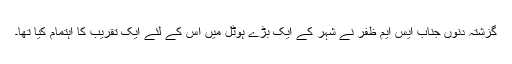
گزشتہ دنوں جناب ایس ایم ظفر نے شہر کے ایک بڑے ہوٹل میں اس کے لئے ایک تقریب کا اہتمام کیا تھا۔